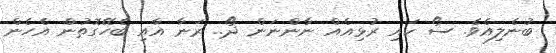
ބުނެލިއެވެ. ސޯ ކައި ރުޅިއެއް ނާންނަން ދޯ.. ރަނާ އާއި ބެހޭގޮތުން އެހެން